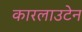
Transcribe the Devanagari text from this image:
कारलाउटेन